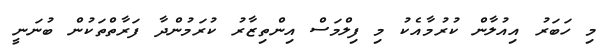
މި ހަބަރު އިއުލާން ކުރުމާއެކު މި ފިލްމަސް އިންތިޒާރު ކުރަމުންދާ ފަރާތްތަކުން ބުނަނީ